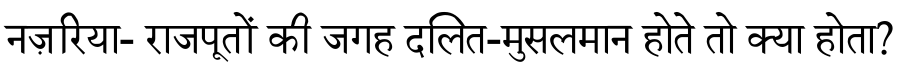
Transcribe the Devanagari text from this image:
नज़रिया- राजपूतों की जगह दलित-मुसलमान होते तो क्या होता?